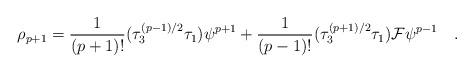
LaTeX: \begin{align*}\rho_{p+1} = {\frac{1}{(p+1)!}} (\tau_3^{(p-1)/2}\tau_1) \psi^{p+1} + {\frac{1}{(p-1)!}} (\tau_3^{(p+1)/2}\tau_1) {\cal{F}} \psi^{p-1}\quad .\end{align*}